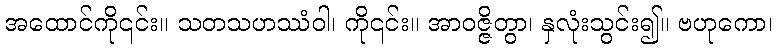
အထောင်ကို၎င်း။ သတသဟဿံဝါ၊ ကို၎င်း။ အာဝဇ္ဇိတွာ၊ နှလုံးသွင်း၍။ ဗဟုကော၊